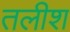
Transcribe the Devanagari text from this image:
तलीश